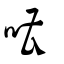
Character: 嘈